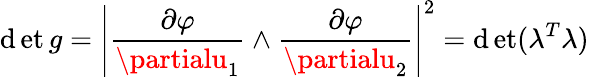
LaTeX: \operatorname*{\mathrm{d}et}g=\left|{\frac{{\partial\varphi}}{{\partialu_{1}}}}\wedge{\frac{{\partial\varphi}}{{\partialu_{2}}}}\right|^{2}=\operatorname*{\mathrm{d}et}(\lambda^{T}\lambda)